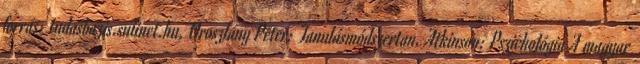
forrás: tudasbazis.sulinet.hu, Oroszlány Péter: Tanulásmódszertan, Atkinson: Pszichológia A magyar